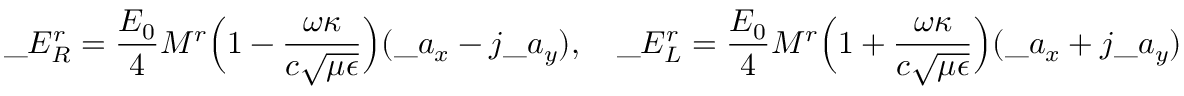
\_ E _ { \/ R } ^ { r } = { \frac { E _ { 0 } } { 4 } } M ^ { r } \Big ( 1 - { \frac { \omega \kappa } { c \sqrt { \mu \epsilon } } } \Big ) ( \_ a _ { x } - j \_ a _ { y } ) , \quad \_ E _ { \/ L } ^ { r } = { \frac { E _ { 0 } } { 4 } } M ^ { r } \Big ( 1 + { \frac { \omega \kappa } { c \sqrt { \mu \epsilon } } } \Big ) ( \_ a _ { x } + j \_ a _ { y } )